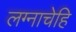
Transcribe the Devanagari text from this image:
लग्नाचेहि